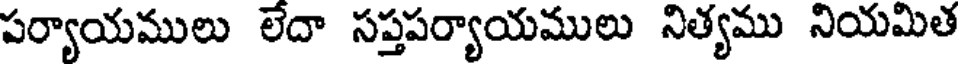
పర్యాయములు లేదా సప్తపర్యాయములు నిత్యము నియమిత